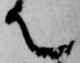
て